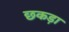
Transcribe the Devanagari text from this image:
छकड़ा